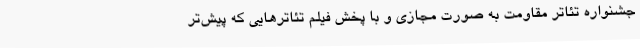
جشنواره تئاتر مقاومت به صورت مجازی و با پخش فیلم تئاترهایی که پیش‌تر